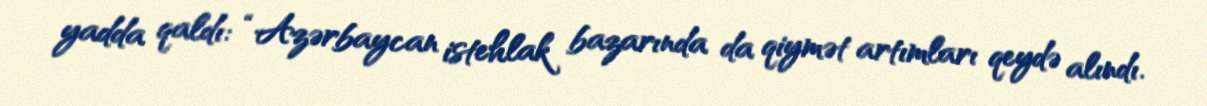
yadda qaldı: “Azərbaycan istehlak bazarında da qiymət artımları qeydə alındı.